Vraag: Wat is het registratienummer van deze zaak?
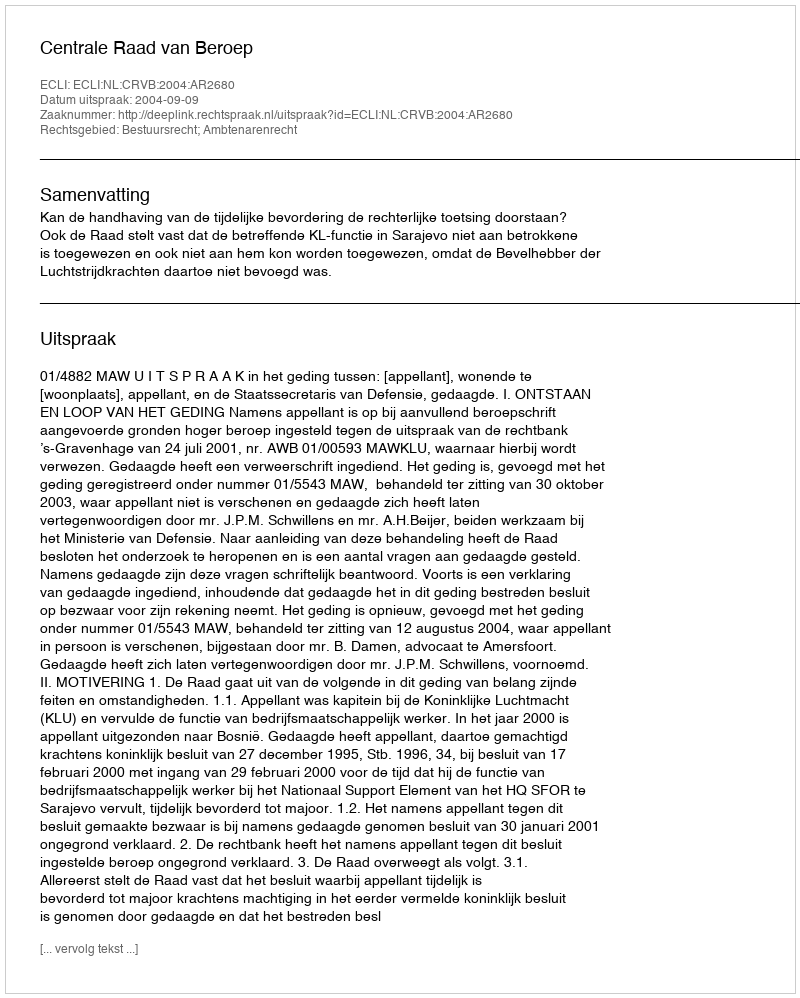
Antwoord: http://deeplink.rechtspraak.nl/uitspraak?id=ECLI:NL:CRVB:2004:AR2680